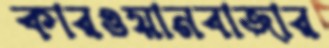
কারওয়ানবাজার